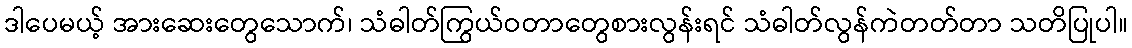
ဒါပေမယ့် အားဆေးတွေသောက်၊ သံဓါတ်ကြွယ်ဝတာတွေစားလွန်းရင် သံဓါတ်လွန်ကဲတတ်တာ သတိပြုပါ။